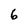
Character: 6